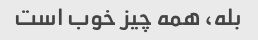
بله، همه چیز خوب است